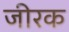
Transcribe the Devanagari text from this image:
जीरक